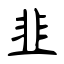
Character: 韭